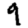
Digit: 9